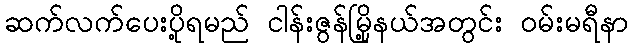
ဆက်လက်ပေးပို့ရမည် ငါန်းဇွန်မြို့နယ်အတွင်း ဝမ်းမရီနာ